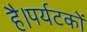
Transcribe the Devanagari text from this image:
है।पर्यटकों